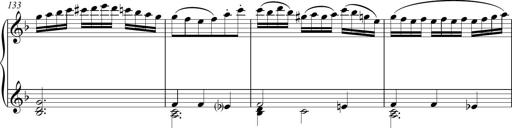
Title: Sonatina Vienesa al estilo de J.Haydn
Composer: JosÃ© RamÃ³n HernÃ¡ndez Bellido